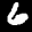
Label: 6